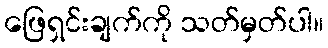
ဖြေရှင်းချက်ကို သတ်မှတ်ပါ။